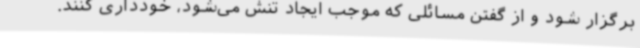
برگزار شود و از گفتن مسائلی که موجب ایجاد تنش می‌شود، خودداری کنند.